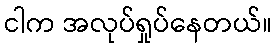
ငါက အလုပ်ရှုပ်နေတယ်။